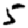
Digit: 5